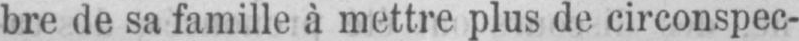
bre de sa famille à mettre plus de circonspec-